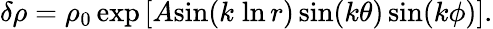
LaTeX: \delta\rho=\rho_{0}\, \mathrm{exp}\left[A\mathrm{sin}(k\; \mathrm{ln}\, r)\, \mathrm{sin}(k\theta)\, \mathrm{sin}(k\phi)\right].